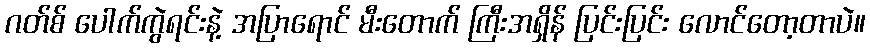
ဂတ်စ် ပေါက်ကွဲရင်းနဲ့ အပြာရောင် မီးတောက် ကြီးအရှိန် ပြင်းပြင်း လောင်တော့တာပဲ။